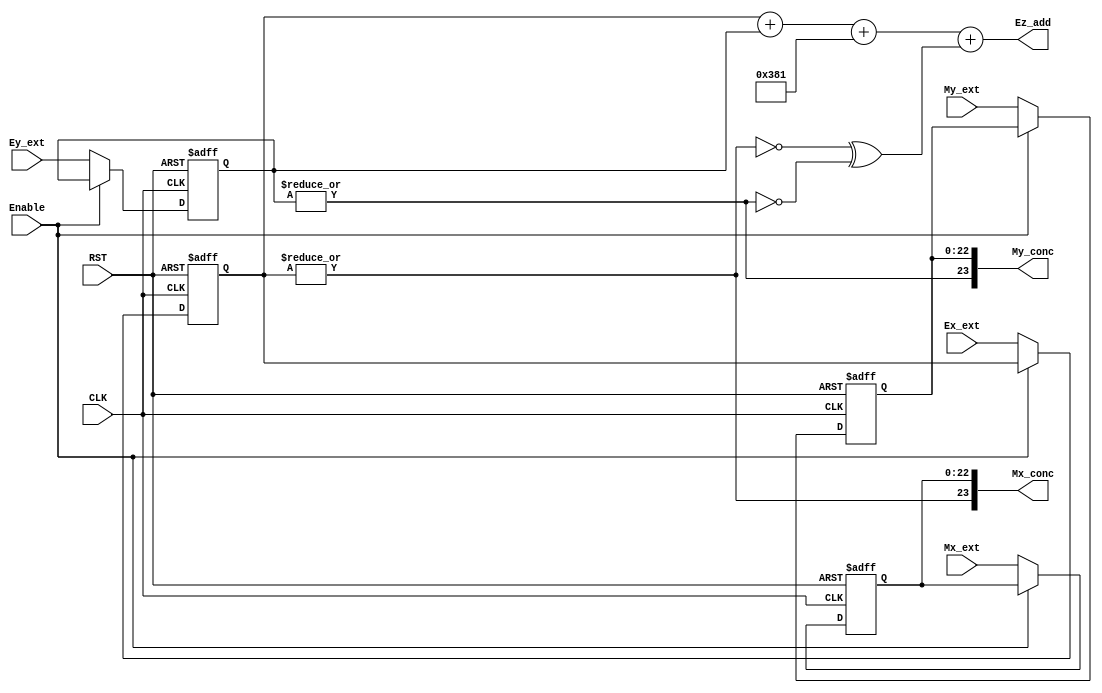
module Exponent_addition 

(
input  	wire 				CLK,RST,Enable, 
input 	wire 	[7:0]		Ex_ext,Ey_ext, 
input 	wire 	[22:0]		Mx_ext,My_ext,

output	wire	[23:0]		Mx_conc,My_conc,	
output  reg     [9:0]       Ez_add
);

//internal signals
wire 	one_op_den;

wire            zero_Ex,zero_Ey;
wire            Conc_X,Conc_Y;

//Flip_Flops 
reg 	[7:0]	Ex,Ey;
reg 	[22:0]	Mx,My;


assign zero_Ex = ~| Ex ;
assign zero_Ey = ~| Ey ;

assign Conc_X = ~zero_Ex ;
assign Conc_Y = ~zero_Ey ;

assign Mx_conc = {Conc_X,Mx};
assign My_conc = {Conc_Y,My};



assign one_op_den = zero_Ex ^ zero_Ey;		


always @ (posedge CLK or negedge RST )
	begin
	if (!RST) 
		begin
////////inputs RST
			Ex 	<= 0;
			Ey 	<= 0;
			Mx	<= 0;
			My	<= 0;
		end
		
	else if (!Enable)
		begin
////////inputs Reg
			Ex 	<= Ex_ext;
			Ey 	<= Ey_ext;
			Mx	<= Mx_ext;
			My	<= My_ext;
		end			
	end


always @ (*) 
	begin
		Ez_add = Ex + Ey + 10'b 1110000001 +one_op_den ; // -10'b127
	end


endmodule